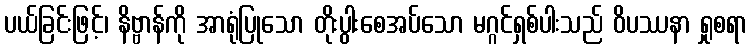
ပယ်ခြင်းဖြင့်၊ နိဗ္ဗာန်ကို အာရုံပြုသော တိုးပွါးစေအပ်သော မဂ္ဂင်ရှစ်ပါးသည် ဝိပဿနာ ရှုစရာ